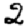
Digit: 2